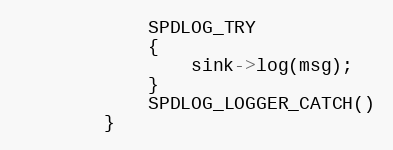
Language: C
            SPDLOG_TRY
            {
                sink->log(msg);
            }
            SPDLOG_LOGGER_CATCH()
        }